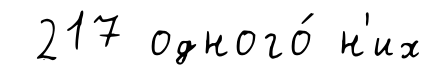
217 одного́ н'их